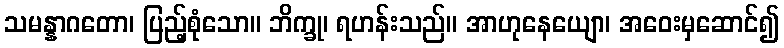
သမန္နာဂတော၊ ပြည့်စုံသော။ ဘိက္ခု၊ ရဟန်းသည်။ အာဟုနေယျော၊ အဝေးမှဆောင်၍